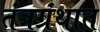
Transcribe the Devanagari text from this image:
तंत्रग्रंथात